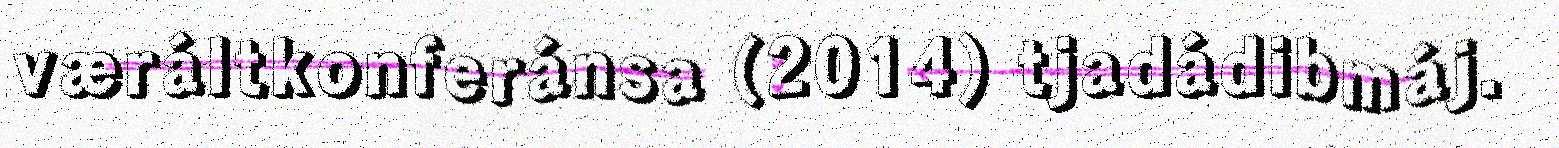
væráltkonferánsa (2014) tjadádibmáj.